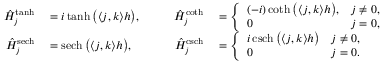
\begin{array} { r l r l } { \hat { H } _ { \boldsymbol j } ^ { \operatorname { t a n h } } } & { { } = i \operatorname { t a n h } \big ( \langle \boldsymbol j , \boldsymbol k \rangle h \big ) , } & { \qquad \hat { H } _ { \boldsymbol j } ^ { \coth } } & { { } = \left\{ \begin{array} { l l } { ( - i ) \coth \big ( \langle \boldsymbol j , \boldsymbol k \rangle h \big ) , } & { \boldsymbol j \ne \boldsymbol 0 , } \\ { 0 } & { \boldsymbol j = \boldsymbol 0 , } \end{array} \right. } \\ { \hat { H } _ { \boldsymbol j } ^ { \operatorname { s e c h } } } & { { } = \operatorname { s e c h } \big ( \langle \boldsymbol j , \boldsymbol k \rangle h \big ) , } & { \qquad \hat { H } _ { \boldsymbol j } ^ { \operatorname { c s c h } } } & { { } = \left\{ \begin{array} { l l } { i \operatorname { c s c h } \big ( \langle \boldsymbol j , \boldsymbol k \rangle h \big ) } & { \boldsymbol j \ne \boldsymbol 0 , } \\ { 0 } & { \boldsymbol j = \boldsymbol 0 . } \end{array} \right. } \end{array}